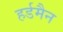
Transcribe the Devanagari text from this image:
हर्डमैन